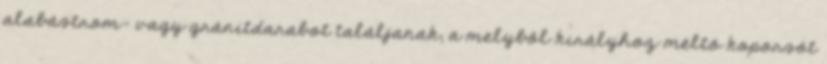
alabástrom- vagy gránitdarabot találjanak, a melyből királyhoz méltó koporsót